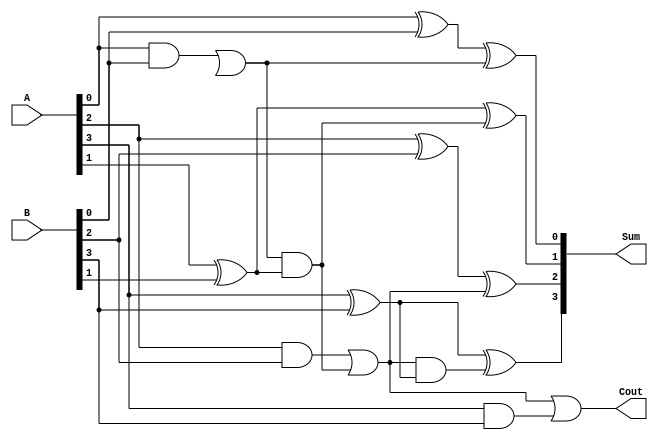
module conditional_sum_adder #(
    parameter N = 4 // Number of bits for A and B
) (
    input  [N-1:0] A,    // First operand
    input  [N-1:0] B,    // Second operand
    output [N:0] Sum,    // Sum output (N+1 bits)
    output Cout          // Carry out
);

    // Internal signals
    wire [N-1:0] S;       // Preliminary sum bits
    wire [N-1:0] C;       // Carry bits for each group
    wire [N/2-1:0] C_cond; // Conditional carry for each block

    // Generate preliminary sum and carry for each bit
    genvar i;
    generate
        for (i = 0; i < N; i = i + 1) begin : sum_and_carry
            assign S[i] = A[i] ^ B[i]; // Preliminary sum
            assign C[i] = A[i] & B[i]; // Carry for this bit
        end
    endgenerate

    // Compute conditional carries
    generate
        for (i = 0; i < N/2; i = i + 1) begin : conditional_carry
            if (i == 0) begin
                assign C_cond[i] = C[2*i] | (C[2*i-1] & (A[2*i-1] ^ B[2*i-1]));
            end else begin
                assign C_cond[i] = C[2*i] | (C_cond[i-1] & (A[2*i-1] ^ B[2*i-1]));
            end
        end
    endgenerate

    // Generate final sum bits based on conditional carries
    generate
        for (i = 0; i < N/2; i = i + 1) begin : final_sum
            if (i == 0) begin
                assign Sum[2*i + 0] = S[2*i] ^ C_cond[i];
                assign Sum[2*i + 1] = S[2*i + 1] ^ (C_cond[i] & (A[2*i + 1] ^ B[2*i + 1]));
            end else begin
                assign Sum[2*i + 0] = S[2*i] ^ C_cond[i];
                assign Sum[2*i + 1] = S[2*i + 1] ^ (C_cond[i] & (A[2*i + 1] ^ B[2*i + 1]));
            end
        end
    endgenerate

    // Final carry out
    assign Cout = C_cond[N/2-1] | C[N-1];

endmodule